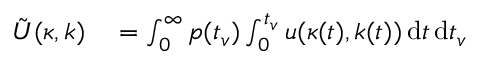
\begin{array} { r l } { \tilde { U } ( \kappa , k ) } & { { } = \int _ { 0 } ^ { \infty } p ( t _ { v } ) \int _ { 0 } ^ { t _ { v } } u ( \kappa ( t ) , k ( t ) ) \, \mathrm { d } t \, \mathrm { d } t _ { v } } \end{array}